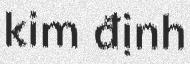
kim định